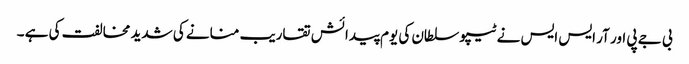
بی جے پی اور آر ایس ایس نے ٹیپو سلطان کی یوم پیدائش تقاریب منانے کی شدید مخالفت کی ہے ۔